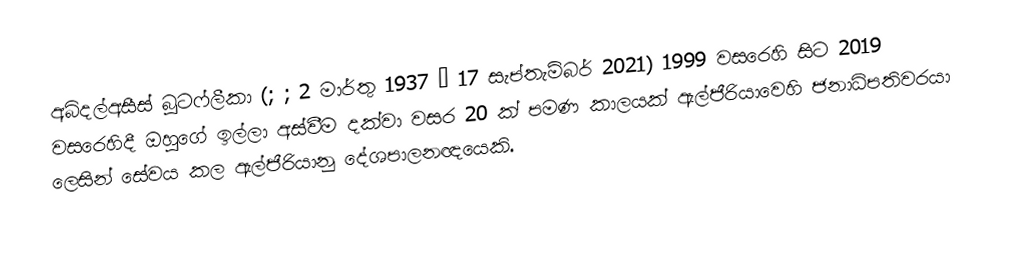
අබ්දල්අසීස් බූටෆ්ලීකා (;  ; 2 මාර්තු 1937 – 17 සැප්තැම්බර් 2021) 1999 වසරෙහි සිට  2019 වසරෙහිදී ඔහුගේ ඉල්ලා අස්වීම දක්වා වසර 20 ක් පමණ කාලයක් ඇල්ජීරියාවෙහි ජනාධිපතිවරයා  ලෙසින් සේවය කල ඇල්ජීරියානු දේශපාලනඥයෙකි.